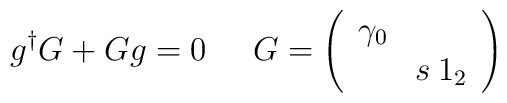
g^{\dagger }G+Gg=0\; \; \; \; \; G=\left( \begin{array}{cc}\gamma _{0} & \\ & s\: 1_{2}\end{array}\right)